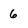
Character: 6